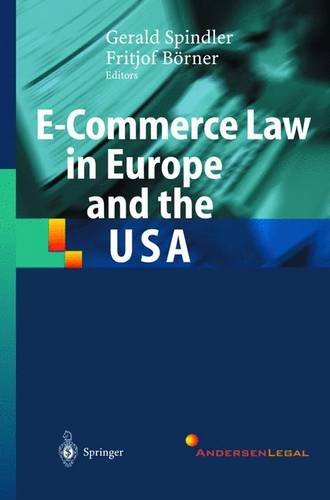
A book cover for E-Commerce Law in Europe and the USA; Computers & Technology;